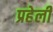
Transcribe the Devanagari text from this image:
प्रहेली